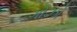
ગોઝો